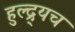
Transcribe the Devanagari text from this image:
हुल्द्र्यच